Lunatic asylums Madras 1877-1891 - 1877-1891
Year: 1877
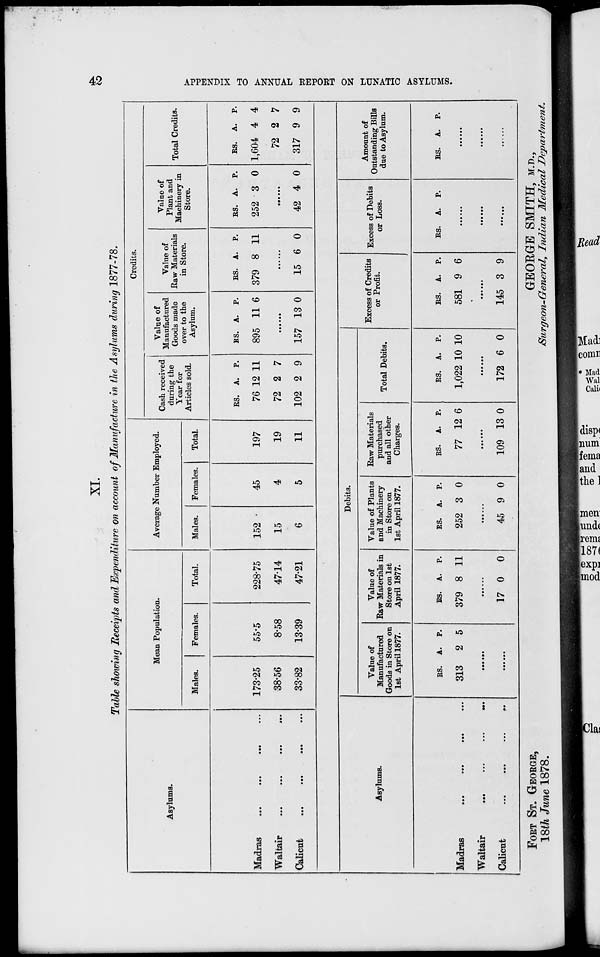
42
APPENDIX TO ANNUAL REPORT ON LUNATIC ASYLUMS.
XI.
Table showing Receipts and Expenditure on account of Manufacture in the Asylums during 1877-78.
Asylums.
Madras ... ... ... ...
Waltair ... ... ... ...
Calicut ... ... ... ...
Mean Population.
Males.
173.25
38.56
33.82
Females.
55.5
8.58
13.39
Total.
228.75
47.14
47.21
Average Number Employed.
Males.
152
15
6
Females.
45
4
5
Total.
197
19
11
Credits.
Cash received
during the
Year for
Articles sold.
Rs.
76
72
102
A.
12
2
2
P.
11
7
9
Value of
Manufactured
Goods made
over to the
Asylum.
Rs.
895
A.
11
P.
6
......
157 13 0
Value of
Raw Materials
in Store.
Rs.
379
A.
8
P.
11
......
15 6 0
Value of
Plant and
Machinery in
Store.
Rs.
252
A.
3
P.
0
......
42 4 0
Total Credits.
Rs.
1,604
72
317
A.
4
2
9
P.
4
7
9
Asylums.
Madras ... ... ... ...
Waltair ... ... ... ...
Calicut
...
...
...
...
Debits.
Value of
Manufactured
Goods in Store on
1st April 1877.
Rs.
313
A.
2
P.
5
......
.....
Value of
Raw Materials in
Store on 1st
April 1877.
Rs.
379
A.
8
P.
11
......
17 0 0
Value of Plants
and Machinery
in Store on
1st April 1877.
Rs.
252
A.
3
P.
0
......
45 9 0
Raw Materials
purchased
and all other
Charges.
Rs.
77
A.
12
P.
6
......
109 13 0
Total Debits.
Rs.
1,022
A.
10
P.
10
......
172 6 0
Excess of Credits
or Profit.
Rs.
581
A.
9
P.
6
.....
145 3 9
Excess of Debits
or Loss.
Rs.
A. P.
......
......
.....
Amount of
Outstanding Bills
due to Asylum.
Rs.
A. P.
......
......
......
FORT ST. GEORGE,
18th June 1878.
GEORGE SMITH, M.D.,
Surgeon-General, Indian Medical
Department.